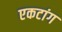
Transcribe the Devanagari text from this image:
एकटांग